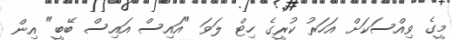
މީގެ ވިއްސަކަށް އަހަރު ކުރީގެ ހިޓް ލަވަ "އައިސް އައިސް ބޭބީ" އިން